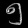
Digit: ၅